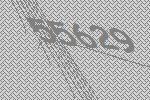
55629